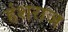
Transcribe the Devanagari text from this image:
हंशराज